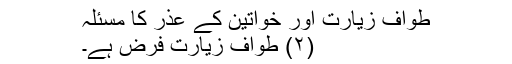
طوافِ زیارت اور خواتین کے عذر کا مسئلہ
(۲) طواف زیارت فرض ہے۔